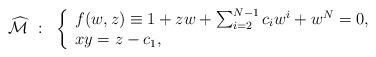
LaTeX: \begin{align*} \widehat{{\cal M}} ~:~ \left\{\begin{array}{l} f(w,z) \equiv 1 + zw + \sum_{i=2}^{N-1}c_i w^i + w^N = 0, \\ xy = z-c_1, \end{array}\right.\end{align*}